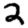
Digit: 2